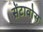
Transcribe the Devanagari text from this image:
सेंटावोस